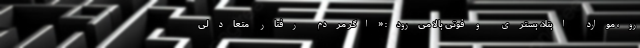
رو، موارد ابتلا، بستری و فوتی‌ بالا می‌رود: «اگر مردم رفتار متعادلی